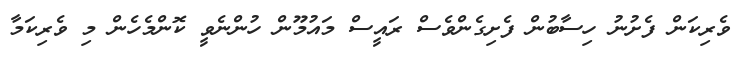
ވެރިކަން ފެށުނު ހިސާބުން ފެށިގެންވެސް ރައީސް މައުމޫން ހުންނެވީ ކޮންމެހެން މި ވެރިކަމާ